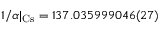
1 / \alpha | _ { \mathrm { C s } } = 1 3 7 . 0 3 5 9 9 9 0 4 6 ( 2 7 )